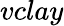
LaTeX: vclay